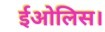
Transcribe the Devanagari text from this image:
ईओलिस।